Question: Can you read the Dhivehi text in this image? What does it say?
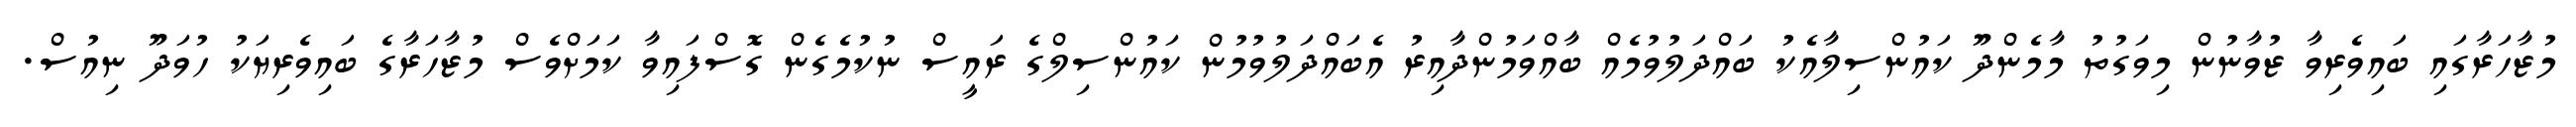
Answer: މުޒާހަރާގައި ބައިވެރިވާ ޒުވާނުން މިވަގުތު މާމެންދޫ ކައުންސިލާއެކު ބައްދަލުވުމެއް ބާއްވަމުންދާއިރު އެބައްދަލުވުމުން ކައުންސިލްގެ ރައީސް ނުކުމެގެން ގޮސްފައިވާ ކަމަށްވެސް މުޒާހަރާގެ ބައިވެރިޔަކު ހުވަދޫ ނިއުސް.